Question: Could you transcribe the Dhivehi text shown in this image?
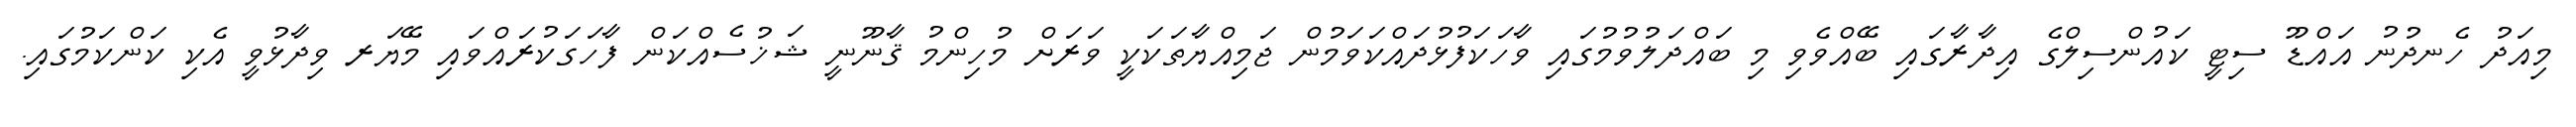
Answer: މިއަދު ހެނދުނު އައްޑޫ ސިޓީ ކައުންސިލްގެ އިދާރާގައި ބޭއްވެވި މި ބައްދަލުވުމުގައި ވާހަކަފުޅުދައްކަވަމުން ޖަމިއްޔާތަކަކީ ވަރަށް މުހިންމު ޤާނޫނީ ޝަޚުސެއްކަން ފާހަގަކުރައްވައި މޭޔަރ ވިދާޅުވީ އެކި ކަންކަމުގައި.